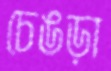
চেঙড়া